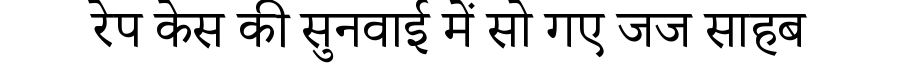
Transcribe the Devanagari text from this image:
रेप केस की सुनवाई में सो गए जज साहब